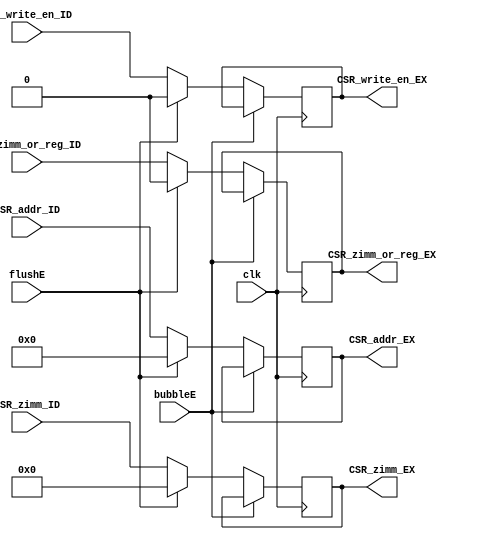
// Copyright (c) 2022 Komorebi660
`timescale 1ns / 1ps

module CSR_EX(
    input wire clk, bubbleE, flushE,    //
    input wire [11:0] CSR_addr_ID,      //CSRID
    input wire [31:0] CSR_zimm_ID,      //ID
    input wire CSR_zimm_or_reg_ID,      //ID: 
    input wire CSR_write_en_ID,         //ID: CSR
    output reg [11:0] CSR_addr_EX,      //CSREX
    output reg [31:0] CSR_zimm_EX,      //EX
    output reg CSR_zimm_or_reg_EX,      //EX: 
    output reg CSR_write_en_EX          //EX: CSR
    );

    //initial to zero
    initial 
    begin
        CSR_addr_EX = 0;
        CSR_zimm_EX = 0;
        CSR_zimm_or_reg_EX = 0;
        CSR_write_en_EX = 0;
    end

    always@(posedge clk)
        if (!bubbleE) //not stall
        begin
            if (flushE)
            begin
                CSR_addr_EX <= 0;
                CSR_zimm_EX <= 0;
                CSR_zimm_or_reg_EX <= 0;
                CSR_write_en_EX <= 0;
            end
            else
            begin
                CSR_addr_EX <= CSR_addr_ID;
                CSR_zimm_EX <= CSR_zimm_ID;
                CSR_zimm_or_reg_EX <= CSR_zimm_or_reg_ID;
                CSR_write_en_EX <= CSR_write_en_ID;
            end
        end

endmodule